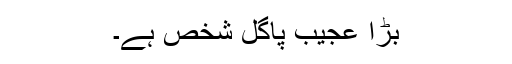
بڑا عجیب پاگل شخص ہے۔